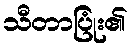
သီတာပြုံး၏